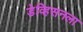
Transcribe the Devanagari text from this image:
डेव्हिसनला